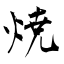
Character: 焼